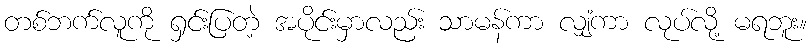
တစ်ဘက်လူကို ရှင်းပြတဲ့ အပိုင်းမှာလည်း သာမန်ကာ လျှံကာ လုပ်လို့ မရဘူး။